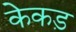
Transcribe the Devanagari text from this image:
केकड़